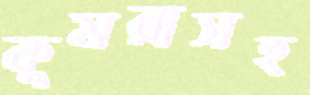
কুমরাসহ